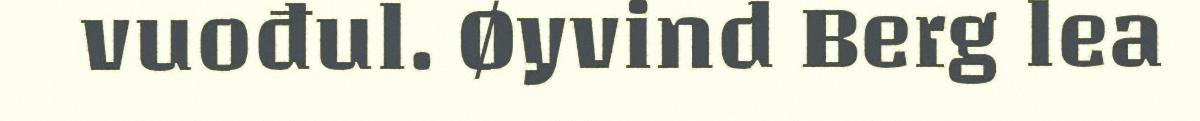
vuođul. Øyvind Berg lea